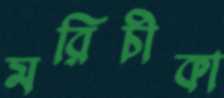
মরিচীকা